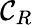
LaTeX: \mathcal{C}_{R}